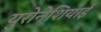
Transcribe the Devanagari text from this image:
युरोनेशियाई